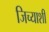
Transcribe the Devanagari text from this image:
जिच्याशी